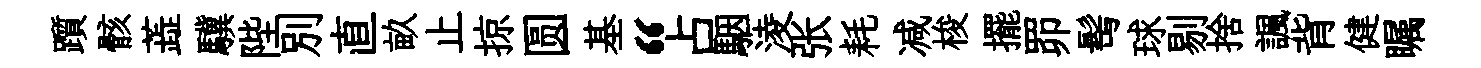
躓骸蕋驥陛别直畝止掠圆基“占駰淩张耗减梭擺𦊑髩球剔捨諷背健瞩